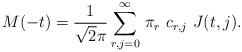
LaTeX: \begin{align*}M(-t)=\frac{1}{\sqrt 2\pi}\sum_{r,j=0}^\infty \,\pi_r\,\,c_{r,j}\,\,J(t,j).\end{align*}